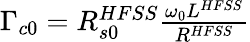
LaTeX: \begin{array}{r}{\Gamma_{c0}=R_{s0}^{HFSS}\frac{\omega_{0}L^{HFSS}}{R^{HFSS}}}\end{array}